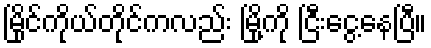
မြိုင်ကိုယ်တိုင်ကလည်း မြို့ကို ငြီးငွေ့နေပြီ။